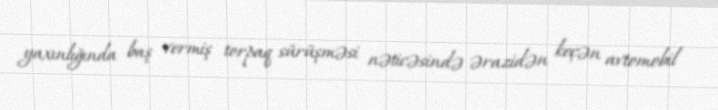
yaxınlığında baş vermiş torpaq sürüşməsi nəticəsində ərazidən keçən avtomobil